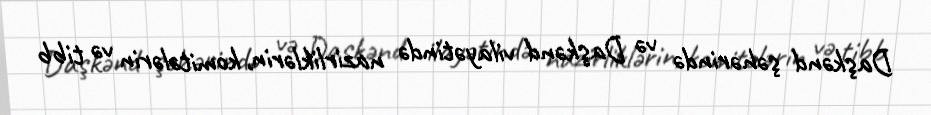
Daşkənd şəhərində və Daşkənd vilayətində nazirliklərin, komitələrin və tibb